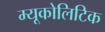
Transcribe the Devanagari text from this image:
म्यूकोलिटिक